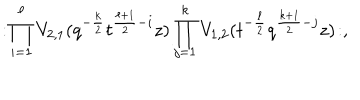
LaTeX: : \! \prod _ { i = 1 } ^ { \ell } V _ { 2 , 1 } ( q ^ { - \frac { k } { 2 } } t ^ { \frac { \ell + 1 } { 2 } - i } z ) \prod _ { j = 1 } ^ { k } V _ { 1 , 2 } ( t ^ { - \frac { \ell } { 2 } } q ^ { \frac { k + 1 } { 2 } - j } z ) \! : ,